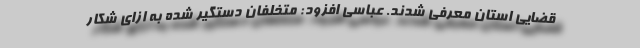
قضایی استان معرفی شدند. عباسی افزود: متخلفان دستگیر شده به ازای شکار